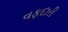
વફદારી